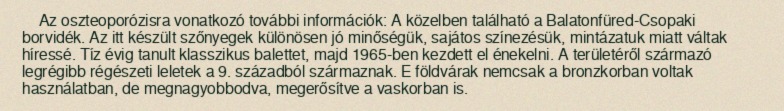
Az oszteoporózisra vonatkozó további információk: A közelben található a Balatonfüred-Csopaki borvidék. Az itt készült szőnyegek különösen jó minőségük, sajátos színezésük, mintázatuk miatt váltak híressé. Tíz évig tanult klasszikus balettet, majd 1965-ben kezdett el énekelni. A területéről származó legrégibb régészeti leletek a 9. századból származnak. E földvárak nemcsak a bronzkorban voltak használatban, de megnagyobbodva, megerősítve a vaskorban is.